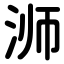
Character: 浉